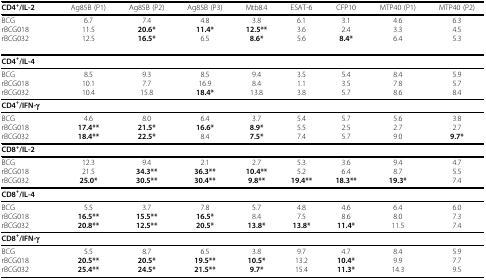
<table><thead><tr><td><b>CD4<sup>+</sup>/IL-2</b></td><td><b>Ag85B (P1)</b></td><td><b>Ag85B (P2)</b></td><td><b>Ag85B (P3)</b></td><td><b>Mtb8.4</b></td><td><b>ESAT-6</b></td><td><b>CFP10</b></td><td><b>MTP40 (P1)</b></td><td><b>MTP40 (P2)</b></td></tr></thead><tbody><tr><td>BCGrBCG018rBCG032</td><td>6.711.512.5</td><td>7.4<b>20.6*</b><b>16.5*</b></td><td>4.8<b>11.4*</b>6.5</td><td>3.8<b>12.5**</b><b>8.6*</b></td><td>6.13.65.6</td><td>3.12.4<b>8.4*</b></td><td>4.63.36.4</td><td>6.34.55.3</td></tr><tr><td><b>CD4<sup>+</sup>/IL-4</b></td><td></td><td></td><td></td><td></td><td></td><td></td><td></td><td></td></tr><tr><td>BCGrBCG018rBCG032</td><td>8.510.110.4</td><td>9.37.715.8</td><td>8.516.9<b>18.4*</b></td><td>9.48.413.8</td><td>3.51.13.8</td><td>5.43.55.7</td><td>8.47.88.6</td><td>5.95.78.4</td></tr><tr><td><b>CD4<sup>+</sup>/IFN-γ</b></td><td></td><td></td><td></td><td></td><td></td><td></td><td></td><td></td></tr><tr><td>BCGrBCG018rBCG032</td><td>4.6<b>17.4**</b><b>18.4**</b></td><td>8.0<b>21.5*</b><b>22.5*</b></td><td>6.4<b>16.6*</b>8.4</td><td>3.7<b>8.9*</b><b>7.5*</b></td><td>5.45.57.4</td><td>5.72.55.7</td><td>5.62.79.0</td><td>3.82.7<b>9.7*</b></td></tr><tr><td><b>CD8<sup>+</sup>/IL-2</b></td><td></td><td></td><td></td><td></td><td></td><td></td><td></td><td></td></tr><tr><td>BCGrBCG018rBCG032</td><td>12.321.5<b>25.0*</b></td><td>9.4<b>34.3**</b><b>30.5**</b></td><td>2.1<b>36.3**</b><b>30.4**</b></td><td>2.7<b>10.4**</b><b>9.8**</b></td><td>5.35.2<b>19.4**</b></td><td>3.66.4<b>18.3**</b></td><td>9.48.7<b>19.3*</b></td><td>4.75.57.4</td></tr><tr><td><b>CD8<sup>+</sup>/IL-4</b></td><td></td><td></td><td></td><td></td><td></td><td></td><td></td><td></td></tr><tr><td>BCGrBCG018rBCG032</td><td>5.5<b>16.5**</b><b>20.8**</b></td><td>3.7<b>15.5**</b><b>12.5**</b></td><td>7.8<b>16.5*</b><b>20.5*</b></td><td>5.78.4<b>13.8*</b></td><td>4.87.5<b>13.8*</b></td><td>4.68.6<b>11.4*</b></td><td>6.48.011.5</td><td>6.07.37.4</td></tr><tr><td><b>CD8<sup>+</sup>/IFN-γ</b></td><td></td><td></td><td></td><td></td><td></td><td></td><td></td><td></td></tr><tr><td>BCGrBCG018rBCG032</td><td>5.5<b>20.5**</b><b>25.4**</b></td><td>8.7<b>20.5*</b><b>24.5*</b></td><td>6.5<b>19.5**</b><b>21.5**</b></td><td>3.8<b>10.5*</b><b>9.7*</b></td><td>9.713.215.4</td><td>4.7<b>10.4*</b><b>11.3*</b></td><td>8.49.914.3</td><td>5.97.79.5</td></tr></tbody></table>